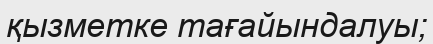
қызметке тағайындалуы;